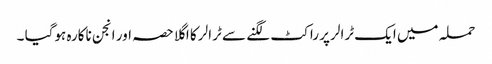
حملہ میں ایک ٹرالر پر راکٹ لگنے سے ٹرالر کا اگلا حصہ اور انجن ناکارہ ہوگیا ۔